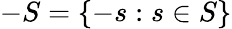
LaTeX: -S=\{ -s:s\in S\}